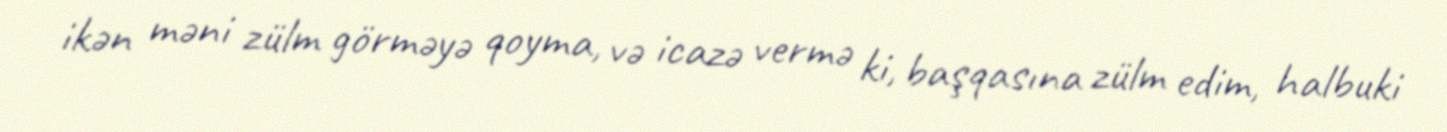
ikən məni zülm görməyə qoyma, və icazə vermə ki, başqasına zülm edim, halbuki